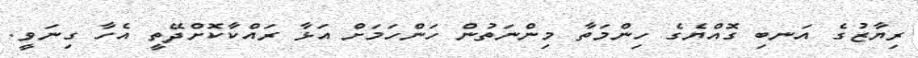
ރިޔާޒުގެ އަނބި ގޮއްޔެގެ ހިންމަތާ މިންނަތުން ހަންހަމަށް އަޅާ ރައްކާކޮށްދޭތީ އެހާ ގިނަވީ.